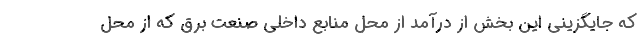
که جایگزینی این بخش از درآمد از محل منابع داخلی صنعت برق که از محل